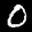
Label: 0